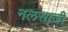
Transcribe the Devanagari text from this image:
नलसाजी